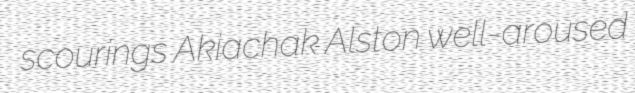
scourings Akiachak Alston well-aroused